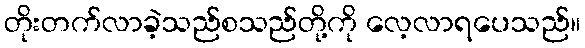
တိုးတက်လာခဲ့သည်စသည်တို့ကို လေ့လာရပေသည်။